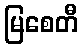
မြစေတီ